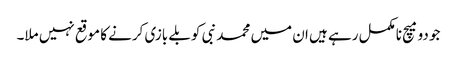
جو دو میچ نامکمل رہے ہیں ان میں محمد نبی کو بلے بازی کرنے کا موقع نہیں ملا۔